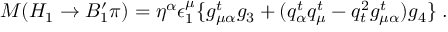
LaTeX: M ( H _ { 1 } \to B _ { 1 } ^ { \prime } \pi ) = \eta ^ { \alpha } \epsilon _ { 1 } ^ { \mu } \{ g _ { \mu \alpha } ^ { t } g _ { 3 } + ( q _ { \alpha } ^ { t } q _ { \mu } ^ { t } - q _ { t } ^ { 2 } g _ { \mu \alpha } ^ { t } ) g _ { 4 } \} \; .